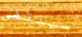
سينتهى